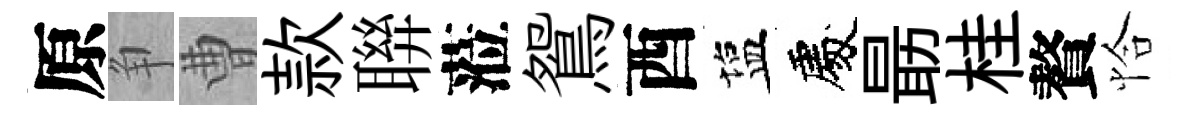
原争曹款聨蒞鴛酉塩處朂桂贅恰